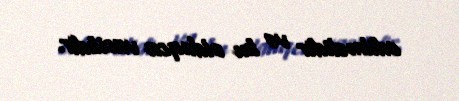
edilməlidir və bu olduqca vacibdir.